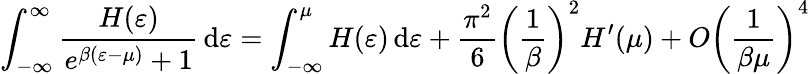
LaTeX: \int_{-\infty}^{\infty}{\frac{H(\varepsilon)}{e^{\beta(\varepsilon-\mu)}+1}}\, \mathrm{d}\varepsilon=\int_{-\infty}^{\mu}H(\varepsilon)\, \mathrm{d}\varepsilon+{\frac{\pi^{2}}{6}}\left({\frac{1}{\beta}}\right)^{2}H^{\prime}(\mu)+O\left({\frac{1}{\beta\mu}}\right)^{4}